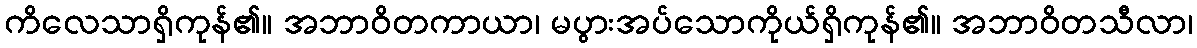
ကိလေသာရှိကုန်၏။ အဘာဝိတကာယာ၊ မပွားအပ်သောကိုယ်ရှိကုန်၏။ အဘာဝိတသီလာ၊